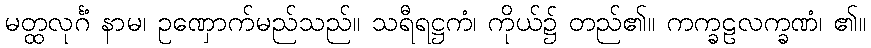
မတ္ထလုင်္ဂံ နာမ၊ ဥဏှောက်မည်သည်။ သရီရဋ္ဌကံ၊ ကိုယ်၌ တည်၏။ ကက္ခဠလက္ခဏံ၊ ၏။